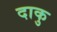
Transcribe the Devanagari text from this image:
दाकु